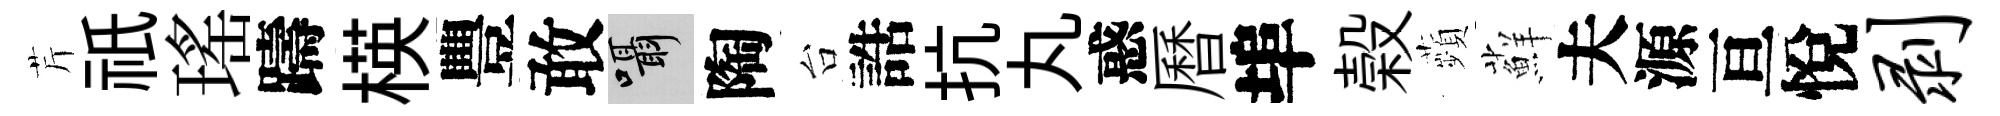
芹祇瑤躊楧豐敢囁陶台誥抗丸惑曆埠榖蘋蘚夫源亘悅剥